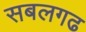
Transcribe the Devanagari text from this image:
सबलगढ